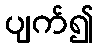
ပျက်၍